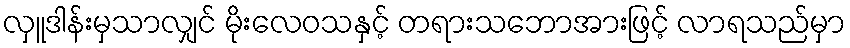
လှူဒါန်းမှသာလျှင် မိုးလေဝသနှင့် တရားသဘောအားဖြင့် လာရသည်မှာ